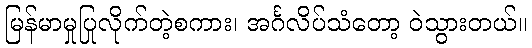
မြန်မာမှုပြုလိုက်တဲ့စကား၊ အင်္ဂလိပ်သံတော့ ဝဲသွားတယ်။